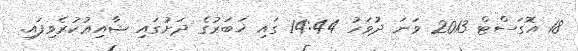
18 އޮގަސްޓް 2013 ވަނަ ދުވަހު 14:44 ގައި ޚަބަރުގެ ދަށުގައި ޝާއިޢުކުރެވިފައި.